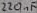
Text: 220µF